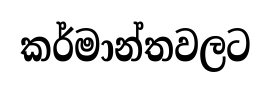
කර්මාන්තවලට